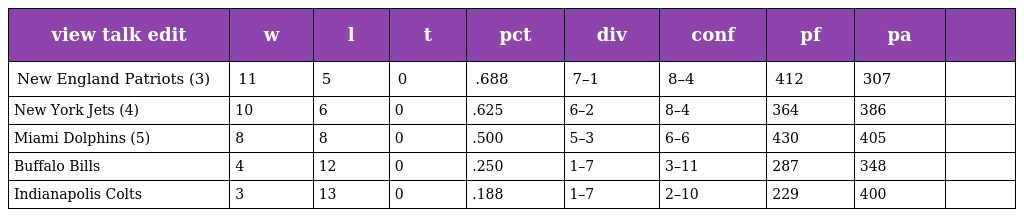
| view talk edit | w | l | t | pct | div | conf | pf | pa |  |
 | --- | --- | --- | --- | --- | --- | --- | --- | --- | --- |
 | New England Patriots (3) | 11 | 5 | 0 | .688 | 7–1 | 8–4 | 412 | 307 |  |
 | New York Jets (4) | 10 | 6 | 0 | .625 | 6–2 | 8–4 | 364 | 386 |  |
 | Miami Dolphins (5) | 8 | 8 | 0 | .500 | 5–3 | 6–6 | 430 | 405 |  |
 | Buffalo Bills | 4 | 12 | 0 | .250 | 1–7 | 3–11 | 287 | 348 |  |
 | Indianapolis Colts | 3 | 13 | 0 | .188 | 1–7 | 2–10 | 229 | 400 |  |